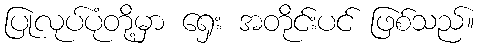
ပြုလုပ်ပုံတို့မှာ ရှေး အတိုင်းပင် ဖြစ်သည်။